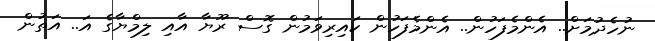
ނުހެދުމަށް.. އެންމެފަހުން.. އެންމެފަހުން ކައިރިވަމުން ގޮސް ރޫޔާ އާއި ލިމްޔާގެ އަ.. އަތުން